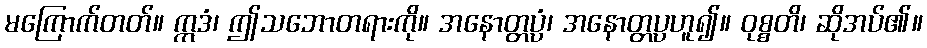
မကြောက်တတ်။ ဣဒံ၊ ဤသဘောတရားကို။ အနောတ္တပ္ပံ၊ အနောတ္တပ္ပဟူ၍။ ဝုစ္စတိ၊ ဆိုအပ်၏။